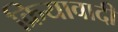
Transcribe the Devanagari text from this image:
क्रियावादी